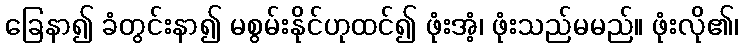
ခြေနာ၍ ခံတွင်းနာ၍ မစွမ်းနိုင်ဟုထင်၍ ဖုံးအံ့၊ ဖုံးသည်မမည်။ ဖုံးလို၏၊